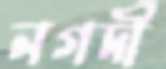
নগদী